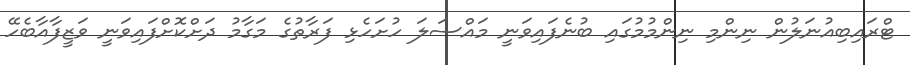
ޓްރައިބިއުނަލުން ނިންމި ނިންމުމުގައި ބުނެފައިވަނީ މައްސަލަ ހުށަހެޅި ފަރާތުގެ މަގާމު ދަށްކޮށްފައިވަނީ ވަޒީފާއާބެހޭ